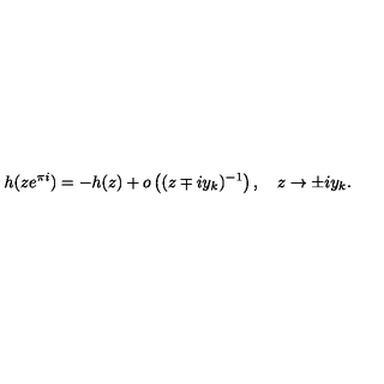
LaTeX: h ( z e ^ { \pi i } ) = - h ( z ) + o \left( ( z \mp i y _ { k } ) ^ { - 1 } \right) , \quad z \to \pm i y _ { k } .